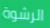
الرشوة